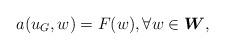
LaTeX: \begin{align*}a(u_G,w) = F(w), \forall w \in \boldsymbol{W},\end{align*}